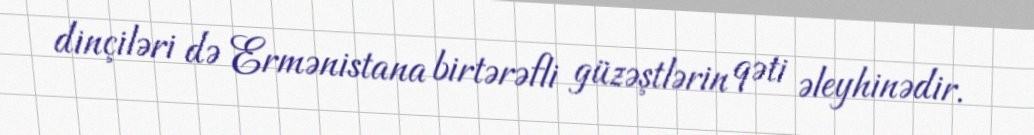
dinçiləri də Ermənistana birtərəfli güzəştlərin qəti əleyhinədir.